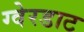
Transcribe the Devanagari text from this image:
ग्वेरडाट